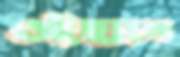
ওইহানে